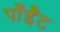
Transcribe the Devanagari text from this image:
पाँईँट